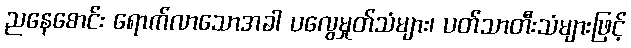
ညနေစောင်း ရောက်လာသောအခါ ပလွေမှုတ်သံများ၊ ပတ်သာတီးသံများဖြင့်